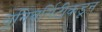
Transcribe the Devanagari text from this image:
यूनिवर्सिटीकडून